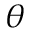
\theta